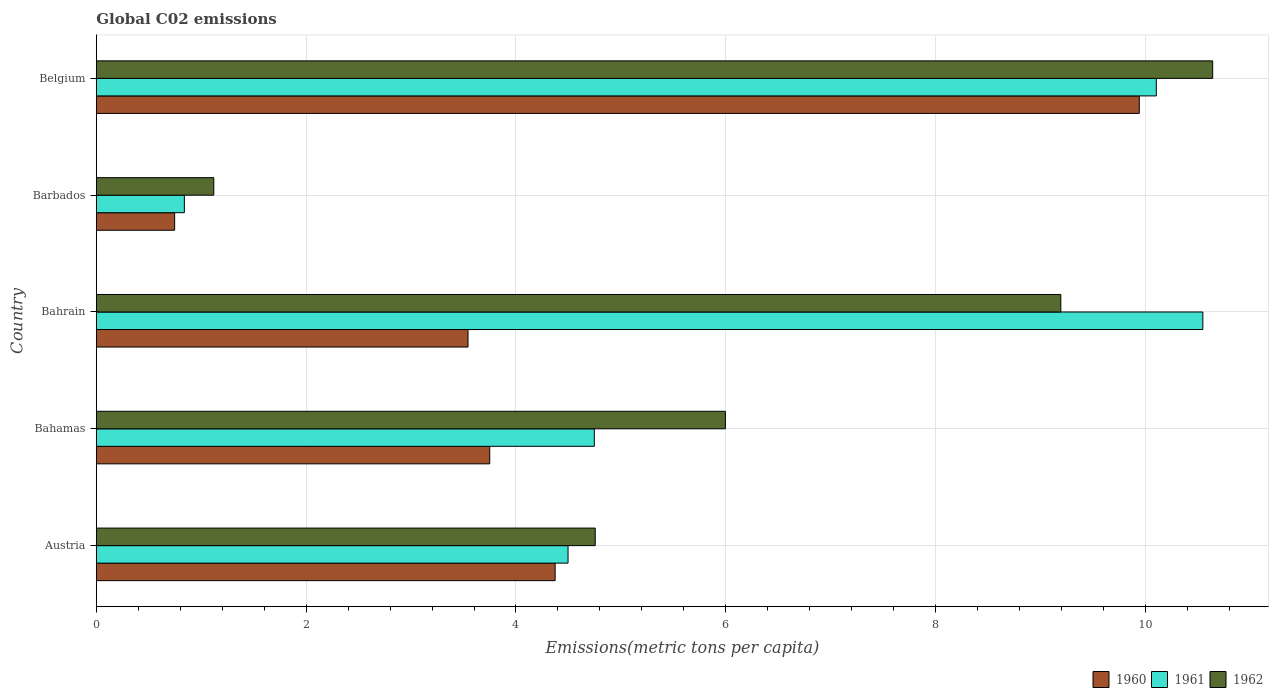
| Country | 1960 | 1961 | 1962 |
 | --- | --- | --- | --- |
 | Austria | 4.37 | 4.5 | 4.76 |
 | Bahamas | 3.75 | 4.75 | 6 |
 | Bahrain | 3.54 | 10.5 | 9.19 |
 | Barbados | 0.746 | 0.839 | 1.12 |
 | Belgium | 9.94 | 10.1 | 10.6 |